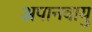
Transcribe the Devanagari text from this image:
अपानवायु